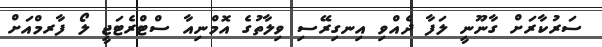
ސަރުކާރަށް ގާނޫނީ ލަފާ ދެއްވި އިނގިރޭސި ވިލާތުގެ އޮމްނިއާ ސްޓްރެޓަޖީ ލޯ ފާރމްއަށް